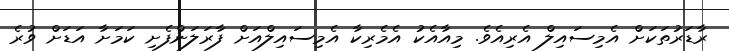
ރާޑަރުތަކަށް އެމިސައިލް އެރިއެވެ. މިއާއެކު އެމެރިކާ އެމިސައިލްއަށް ފާރަލަންފެށި ކަމަށާ އަޑަށް ވުރެ